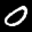
Label: 0